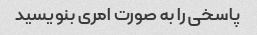
پاسخی را به صورت امری بنویسید